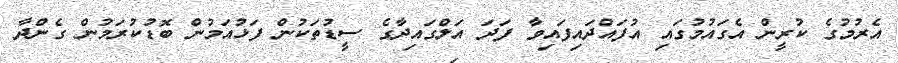
އެރުމުގެ ކުރީން އެގައުމުގައި އުފައްދައިފައިވާ ފަދަ އަލްގައިދާގެ ސީޑުތަކުން ފަޅުއަމުން ބޮޑުކުރަމުން ގެންދާ